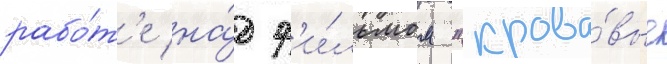
рабо́т'е на́д ф'и́льмом "крова́вые